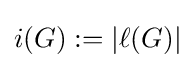
i(G):=|\ell (G)|